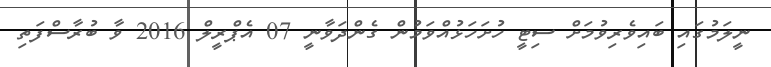
ނީލަމުގައި ބައިވެރިވުމަށް ސިޓީ ހުށަހަޅުއްވަމުން ގެންދަވާނީ 07 އެޕްރީލް 2016 ވާ ބުރާސްފަތި